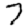
Digit: 7